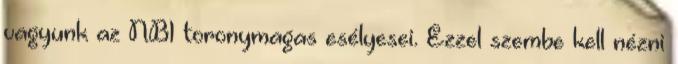
vagyunk az NB1 toronymagas esélyesei. Ezzel szembe kell nézni